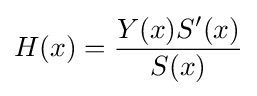
H(x)={Y(x)S'(x) \over S(x)}